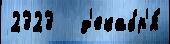
2323   д'екабр'я́